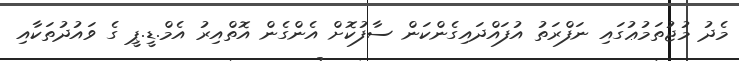
މެދު މުޖުތަމުޢުގައި ނަފްރަތު އުފައްދައިގެންކަން ސާފުކޮށް އެންގެން އޮތްއިރު އެމް.ޑީ.ޕީ ގެ ވައުދުތަކާއި